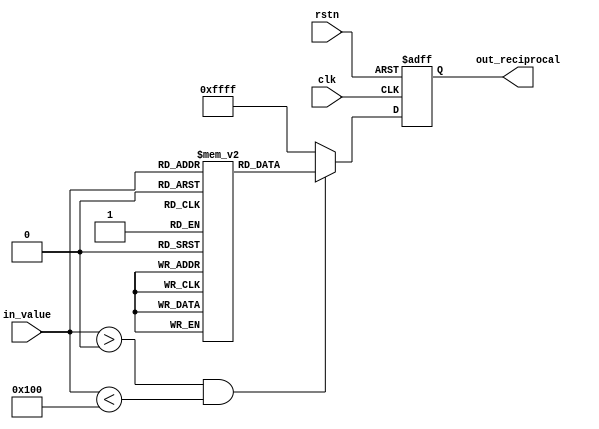
module lut_reciprocal (
    input        clk,                // Clock signal
    input        rstn,               // Active-low reset
    input  [7:0] in_value,          // 8-bit input value
    output reg [15:0] out_reciprocal // 16-bit output for the reciprocal
);

    // LUT for reciprocal values (scaled for fixed-point representation)
    reg [15:0] lut [0:255];          // 256 entries, 16 bits each

    // Initialize the LUT with precomputed reciprocal values
    initial begin
        // Populate the LUT with reciprocal values
        lut[0]  = 16'hFFFF; // Reciprocal of 0 (undefined, handle separately)
        lut[1]  = 16'h10000; // 1/1 = 1.0000 (scaled)
        lut[2]  = 16'h08000; // 1/2 = 0.5000 (scaled)
        lut[3]  = 16'h05555; // 1/3 ~ 0.3333 (scaled)
        lut[4]  = 16'h04000; // 1/4 = 0.2500 (scaled)
        // ... fill in the rest of the LUT
        lut[255] = 16'h0000; // Reciprocal of a large value (e.g. 1/255)
    end

    // Control Logic
    always @(posedge clk or negedge rstn) begin
        if (!rstn) begin
            out_reciprocal <= 16'b0; // Reset the output
        end else begin
            // Ensure input is within the valid range (1 to 255)
            if (in_value > 0 && in_value < 256) begin
                out_reciprocal <= lut[in_value]; // Lookup the reciprocal
            end else begin
                out_reciprocal <= 16'hFFFF; // Handle zero or out-of-range input
            end
        end
    end

endmodule